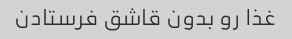
غذا رو بدون قاشق فرستادن